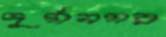
দুর্গনগর